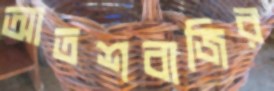
আতশবাজির